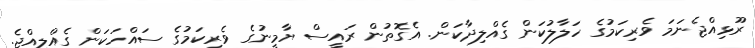
ރޫޅިއްޖެނަމަ ވެރިކަމުގެ ހަލާލުކަން ގެއްލިދާކަން. އެގޮތުން ރައީސް ޔާމީނުގެ ވެރިކަމުގެ ސައްހަކަން ގެއްލިއްޖެ.